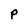
Character: P